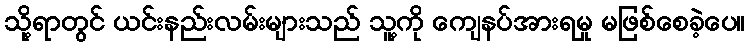
သို့ရာတွင် ယင်းနည်းလမ်းများသည် သူ့ကို ကျေနပ်အားရမှု မဖြစ်စေခဲ့ပေ။